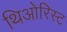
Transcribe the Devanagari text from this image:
थिओरिस्ट